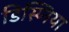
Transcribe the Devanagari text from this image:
डिस्प्निया